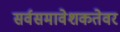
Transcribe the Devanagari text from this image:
सर्वसमावेशकतेवर